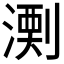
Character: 𱨋